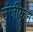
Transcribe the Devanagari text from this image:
उंजीकून